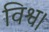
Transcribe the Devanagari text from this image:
विश्व।